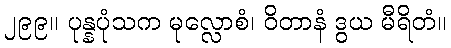
၂၉၉။ ပုန္နပုံသက မုလ္လောစံ၊ ဝိတာနံ ဒွယ မီရိတံ။